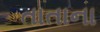
તાતાના